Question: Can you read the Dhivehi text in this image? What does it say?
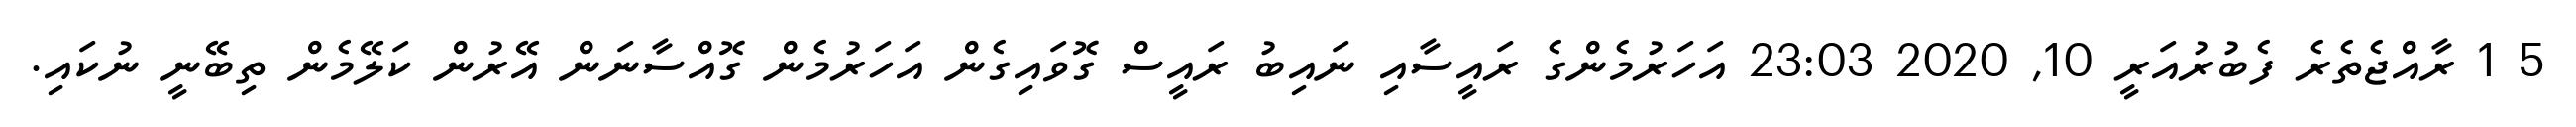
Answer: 5 1 ރާއްޖެތެރެ ފެބުރުއަރީ 10, 2020 23:03 އަހަރުމެންގެ ރައީސާއި ނައިބު ރައީސް ގޮވައިގެން އަހަރުމެން ގޮއްސާނަން އޭރުން ކަލޭމެން ތިބޭނީ ނުކައި.